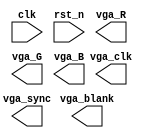
module VGA_interface(
	clk,
	rst_n,
	vga_clk,
	vga_blank,
	vga_sync,
	vga_R,
	vga_G,
	vga_B
);

input clk;
input rst_n;
output vga_clk;
output vga_blank;
output vga_sync;
output vga_R;
output vga_G;
output vga_B;

endmodule